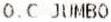
O.C JUMBO